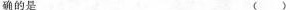
确的是 （ ）